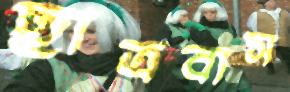
ছাত্রবাস